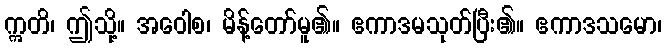
ဣတိ၊ ဤသို့။ အဝေါစ၊ မိန့်တော်မူ၏။ ဧကာဒမသုတ်ပြီး၏။ ဧကာဒသမော၊